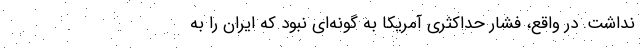
نداشت. در واقع، فشار حداکثری آمریکا به گونه‌ای نبود که ایران را به